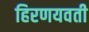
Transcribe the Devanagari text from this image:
हिरणयवती